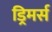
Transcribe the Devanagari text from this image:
ड्रिमर्स